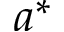
a ^ { * }